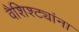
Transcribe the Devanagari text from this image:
वैशिश्ट्यांना